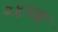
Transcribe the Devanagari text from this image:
२४च्या